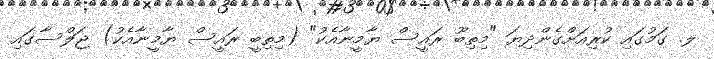
ލ. ގަމުގައި ކުރިއަށްގެންދިޔަ "މިތިބޫ ރައީސް ޔާމީނާއެކު" (މިތިބީ ރައީސް ޔާމީނާއެކު) ޖަލްސާގައި